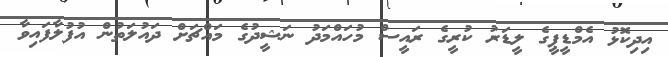
އިދިކޮޅު އެމްޑީޕީގެ ލީޑަރު ކުރީގެ ރަައީސް މުހައްމަދު ނަޝީދުގެ މައްޗަށް ދައުލަތުން އުފުލާފައިވާ